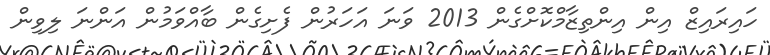
ހައިރައިޒް އިން އިންތިޒާމްކޮށްގެން 2013 ވަނަ އަހަރުން ފެށިގެން ބާއްވަމުން އަންނަ ލިވިން